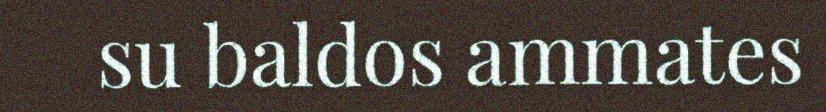
su baldos ammates